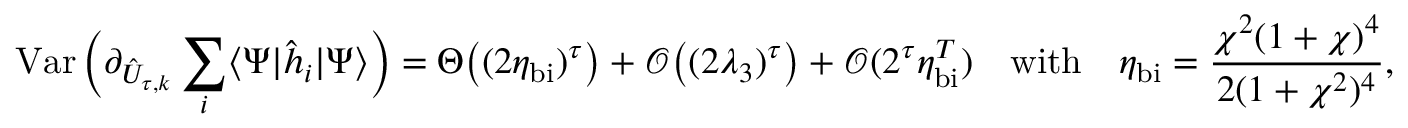
\operatorname { V a r } \Big ( \partial _ { \hat { U } _ { \tau , k } } \sum _ { i } \langle \Psi | \hat { h } _ { i } | \Psi \rangle \Big ) = \Theta \big ( ( 2 \eta _ { \mathrm { b i } } ) ^ { \tau } \big ) + \mathcal { O } \big ( ( 2 \lambda _ { 3 } ) ^ { \tau } \big ) + \mathcal { O } ( 2 ^ { \tau } \eta _ { \mathrm { b i } } ^ { T } ) \quad \mathrm { w i t h } \quad \eta _ { \mathrm { b i } } = \frac { \chi ^ { 2 } ( 1 + \chi ) ^ { 4 } } { 2 ( 1 + \chi ^ { 2 } ) ^ { 4 } } ,